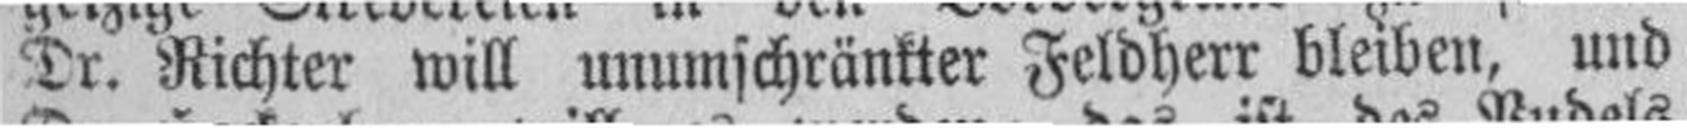
Dr. Richter will unumschränkter Feldherr bleiben, und